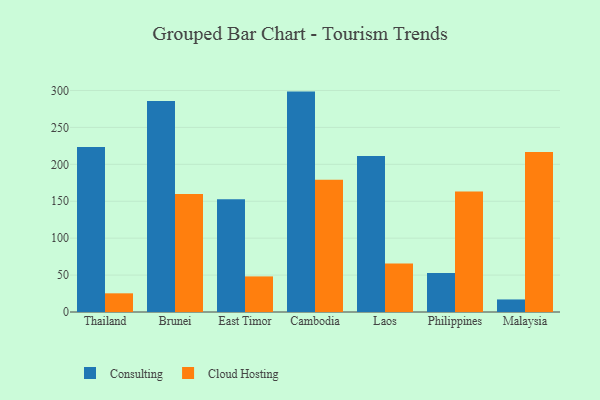
{"axis": {"x": "Country", "y": "Customer Acquisition Cost (USD)"}, "legend": ["Cloud Hosting", "Consulting"], "data": [{"x": "Thailand", "y": 223.5, "type": "Consulting"}, {"x": "Thailand", "y": 25.3, "type": "Cloud Hosting"}, {"x": "Brunei", "y": 285.9, "type": "Consulting"}, {"x": "Brunei", "y": 159.9, "type": "Cloud Hosting"}, {"x": "East Timor", "y": 152.8, "type": "Consulting"}, {"x": "East Timor", "y": 48.2, "type": "Cloud Hosting"}, {"x": "Cambodia", "y": 298.5, "type": "Consulting"}, {"x": "Cambodia", "y": 179.0, "type": "Cloud Hosting"}, {"x": "Laos", "y": 211.4, "type": "Consulting"}, {"x": "Laos", "y": 65.7, "type": "Cloud Hosting"}, {"x": "Philippines", "y": 52.9, "type": "Consulting"}, {"x": "Philippines", "y": 163.2, "type": "Cloud Hosting"}, {"x": "Malaysia", "y": 17.0, "type": "Consulting"}, {"x": "Malaysia", "y": 216.8, "type": "Cloud Hosting"}]}